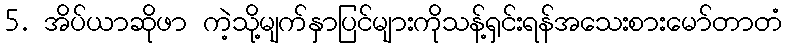
5. အိပ်ယာဆိုဖာ ကဲ့သို့မျက်နှာပြင်များကိုသန့်ရှင်းရန်အသေးစားမော်တာတံ